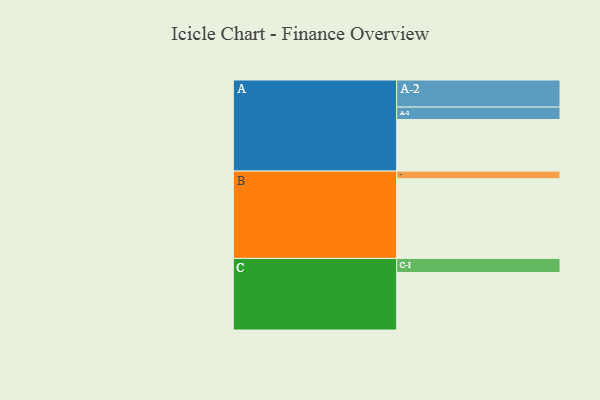
{"axis": {"x": "Segment", "y": "Value"}, "legend": ["", "A", "B", "C"], "data": [{"x": "A", "y": 341, "type": ""}, {"x": "B", "y": 526, "type": ""}, {"x": "C", "y": 380, "type": ""}, {"x": "A-1", "y": 82, "type": "A"}, {"x": "A-2", "y": 179, "type": "A"}, {"x": "B-1", "y": 51, "type": "B"}, {"x": "C-1", "y": 93, "type": "C"}]}